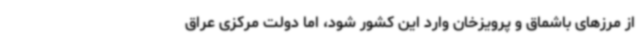
از مرزهای باشماق و پرویزخان وارد این کشور شود، اما دولت مرکزی عراق